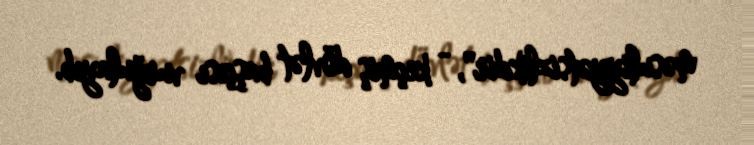
məsuliyyətsizlikdir", - keçmiş dövlət başçısı vurğulayıb.